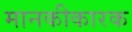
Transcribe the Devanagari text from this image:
मानकीकारक